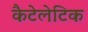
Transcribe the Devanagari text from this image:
कैटेलेटिक